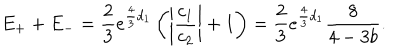
LaTeX: E _ { + } + E _ { - } = \frac { 2 } { 3 } e ^ { \frac { 4 } { 3 } d _ { 1 } } \left( \left| \frac { c _ { 1 } } { c _ { 2 } } \right| + 1 \right) = \frac { 2 } { 3 } e ^ { \frac { 4 } { 3 } d _ { 1 } } \frac { 8 } { 4 - 3 b } .